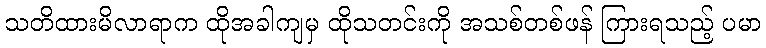
သတိထားမိလာရာက ထိုအခါကျမှ ထိုသတင်းကို အသစ်တစ်ဖန် ကြားရသည့် ပမာ